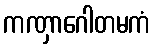
ကဏှာဂေါတမကံ